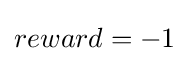
reward=-1